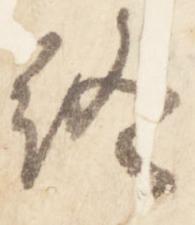
終